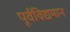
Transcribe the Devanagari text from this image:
पूर्वविद्यमान